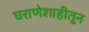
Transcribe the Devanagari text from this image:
घराणेशाहीतून